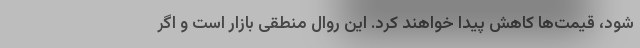
شود، قیمت‌ها کاهش پیدا خواهند کرد. این روال منطقی بازار است و اگر